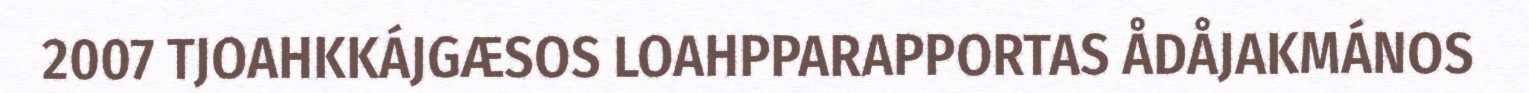
2007 TJOAHKKÁJGÆSOS LOAHPPARAPPORTAS ÅDÅJAKMÁNOS